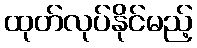
ထုတ်လုပ်နိုင်မည့်